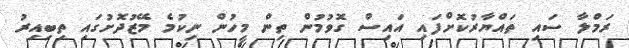
ރަމްލާ ސައި ތައްޔާރުކޮށްފައި އައިސް ގޮވުމުން ތިން މީހުން ނިކުމެ މޭޒުދޮށުގައި ތިބިއިރު